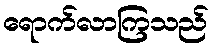
ရောက်လာကြသည်